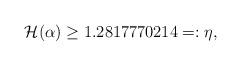
LaTeX: \begin{align*}\mathcal{H}(\alpha)\geq 1.2817770214 =: \eta,\end{align*}